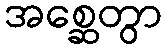
အစ္ဆေတွာ